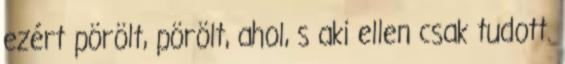
ezért pörölt, pörölt, ahol, s aki ellen csak tudott.